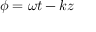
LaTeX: \phi = \omega t - k z